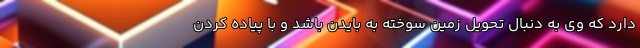
دارد که وی به دنبال تحویل زمین سوخته به بایدن باشد و با پیاده کردن